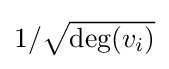
{\textstyle 1/{\sqrt {\deg(v_{i})}}}